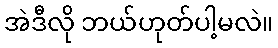
အဲဒီလို ဘယ်ဟုတ်ပါ့မလဲ။